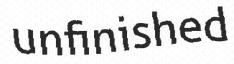
unfinished